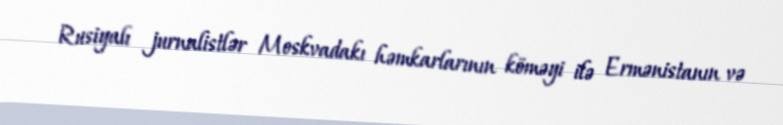
Rusiyalı jurnalistlər Moskvadakı həmkarlarının köməyi ilə Ermənistanın və